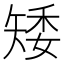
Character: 矮